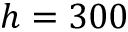
h = 3 0 0